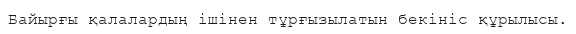
Байырғы қалалардың ішінен тұрғызылатын бекініс құрылысы.